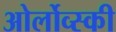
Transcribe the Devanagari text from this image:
ओर्लोव्स्की